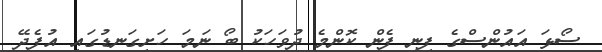
ސޯޅަ އައުންސްގެ ފިނި ފެން ކޮންމެ ދުވަހަކު ބޯ ނަމަ ހަށިގަނޑުގައި އުފެދޭ